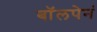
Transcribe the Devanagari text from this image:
बॉलपेनं